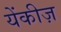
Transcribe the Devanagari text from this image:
येंकीज़